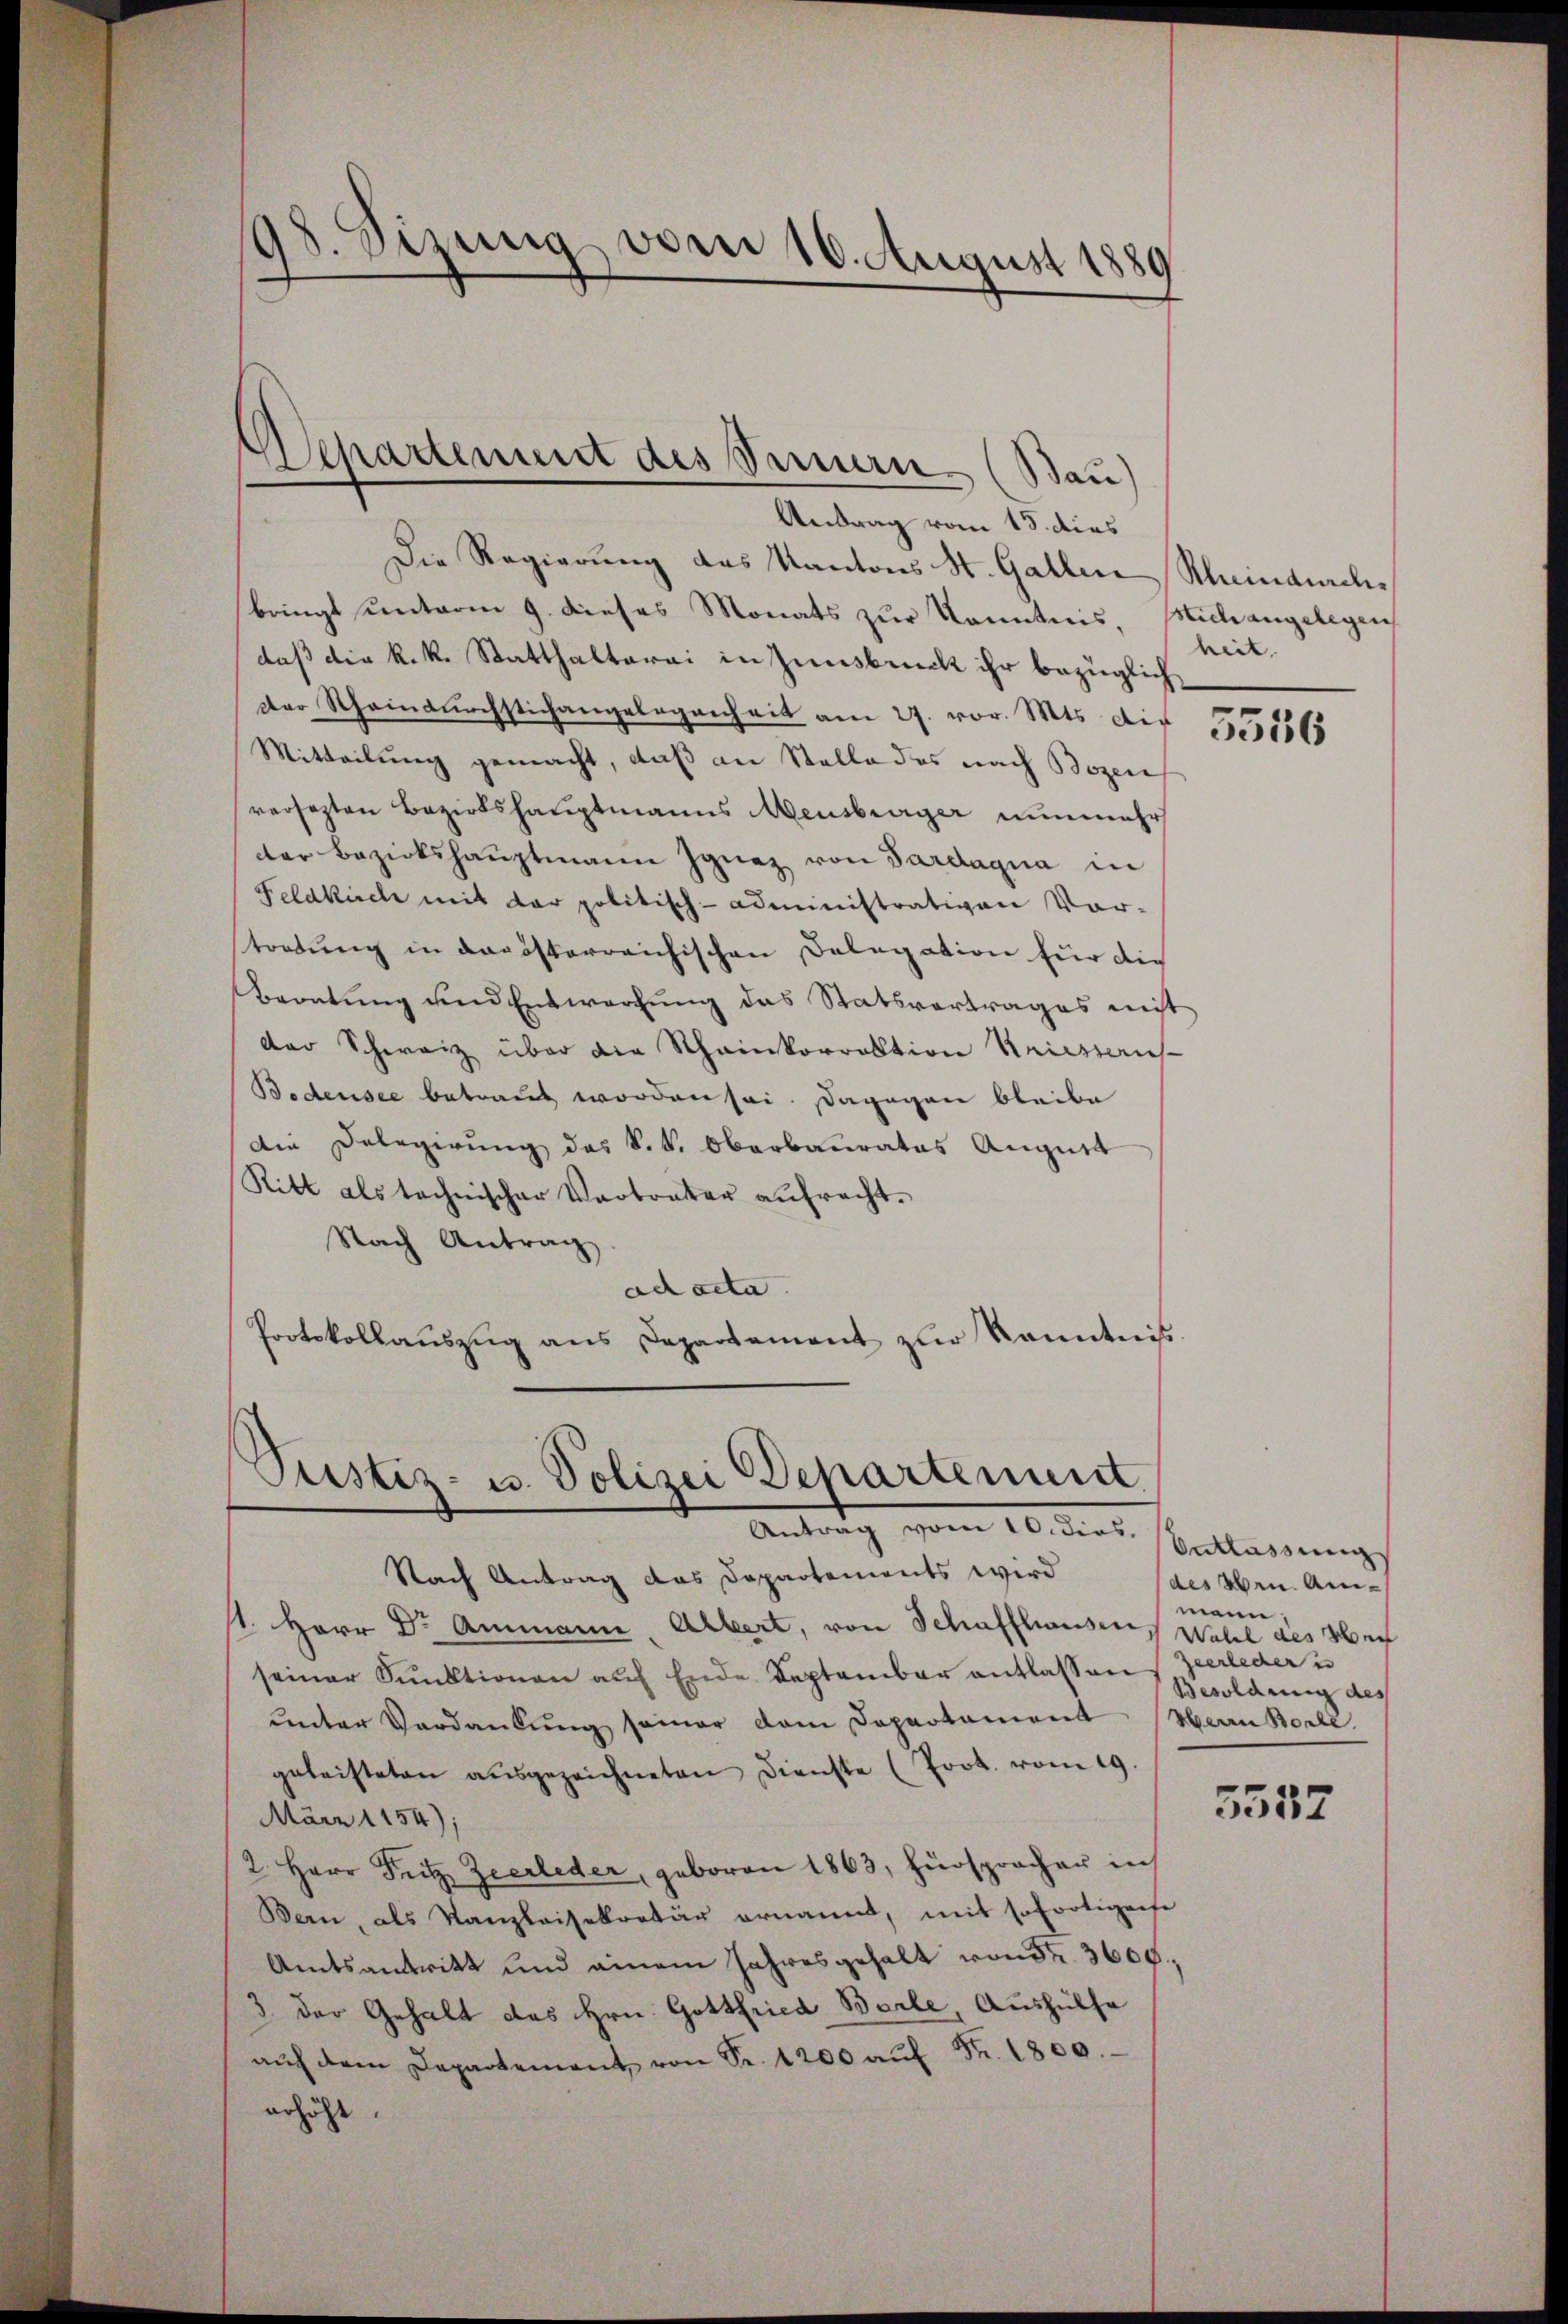
¬
8. Sizung von 10. August 1889

Departement des Sinnern. (Bau)

Antrag vom 15. dies
Die Regierung des Kantons St. Gallen Khindurchbringt unterm 9. dieses Monats zur Kenntnis, Michangelegen
daß die k.k. Statthalterai in Zinsbruck ihr bezüglich
Der Rheindurchstichangelegenheit am 27. vor. Mts. die
Mitteilung gemacht, daß an Stelle des nach Bozen
versezten Bezirkshauptmanns Mensberger nunmehr
dter Bezirkshauptmann Ignaz von Pardaqua in
Feldkirche mit der politisch-Administrativen Vor-
tortung in darösterreichischen Delegation für die
Beratŭng und Entwerfung das Statsvertrages nicht
der Schweiz über die Scheinkorrektion Kriesserus-
Bedensee betraut worden sei. Dagegen bleibe
Die Delegierung des k.k. Oberbaurates August
Ritt als technischer Vertreter aŭfracht.
Nach Antrag
ad acta
Protokollaŭszŭg ans Departament zŭr Kenntnis

.
Justiz- u. Polizei Departement.
Antrag vom 10. dies.

Nach Antrag das Departements wird
st. Herr Dr Ammann Albert, von Schaffhauses Wahl des Mei
seiner Funktionen auf Ende September entlassen Zeerleder u
unter Verdankŭng seiner dem Departament Herrn Borle
geleisteten ausgezeichneten Dienste (Poot. vom 19.
März 1154);
2. Herr Seitz Zeerleder, geboren 1863, hürsprocher in
Bern, als Kanzleisekretär ernannt, mit sofortigerte
Amtsantritt und einem Jahresgehalt von den 3600,
3 der Gehalt das Hrn. Gottfried Berle, Aushülfe
aŭf dem Departement, von Sr. 1200 aŭf Fr. 1800.
erhöht.

heit.

5536

Entlassung
(des oben. Anmann:
Besoldung des

5537